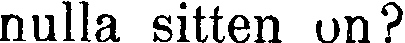
nulla sitten on?